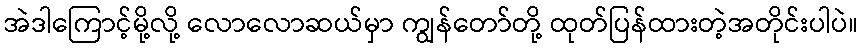
အဲဒါကြောင့်မို့လို့ လောလောဆယ်မှာ ကျွန်တော်တို့ ထုတ်ပြန်ထားတဲ့အတိုင်းပါပဲ။